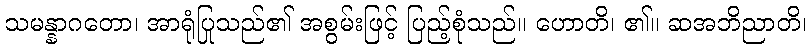
သမန္နာဂတော၊ အာရုံပြုသည်၏ အစွမ်းဖြင့် ပြည့်စုံသည်။ ဟောတိ၊ ၏။ ဆအဘိညာတိ၊